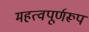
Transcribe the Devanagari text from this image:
महत्वपूर्णरूप